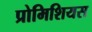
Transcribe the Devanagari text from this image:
प्रोमिशियस